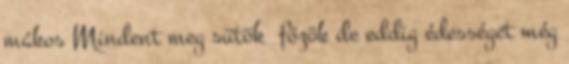
mákos Mindent meg sütök főzök de eddig édességet még